Haapsalu_Metskond, lk 7
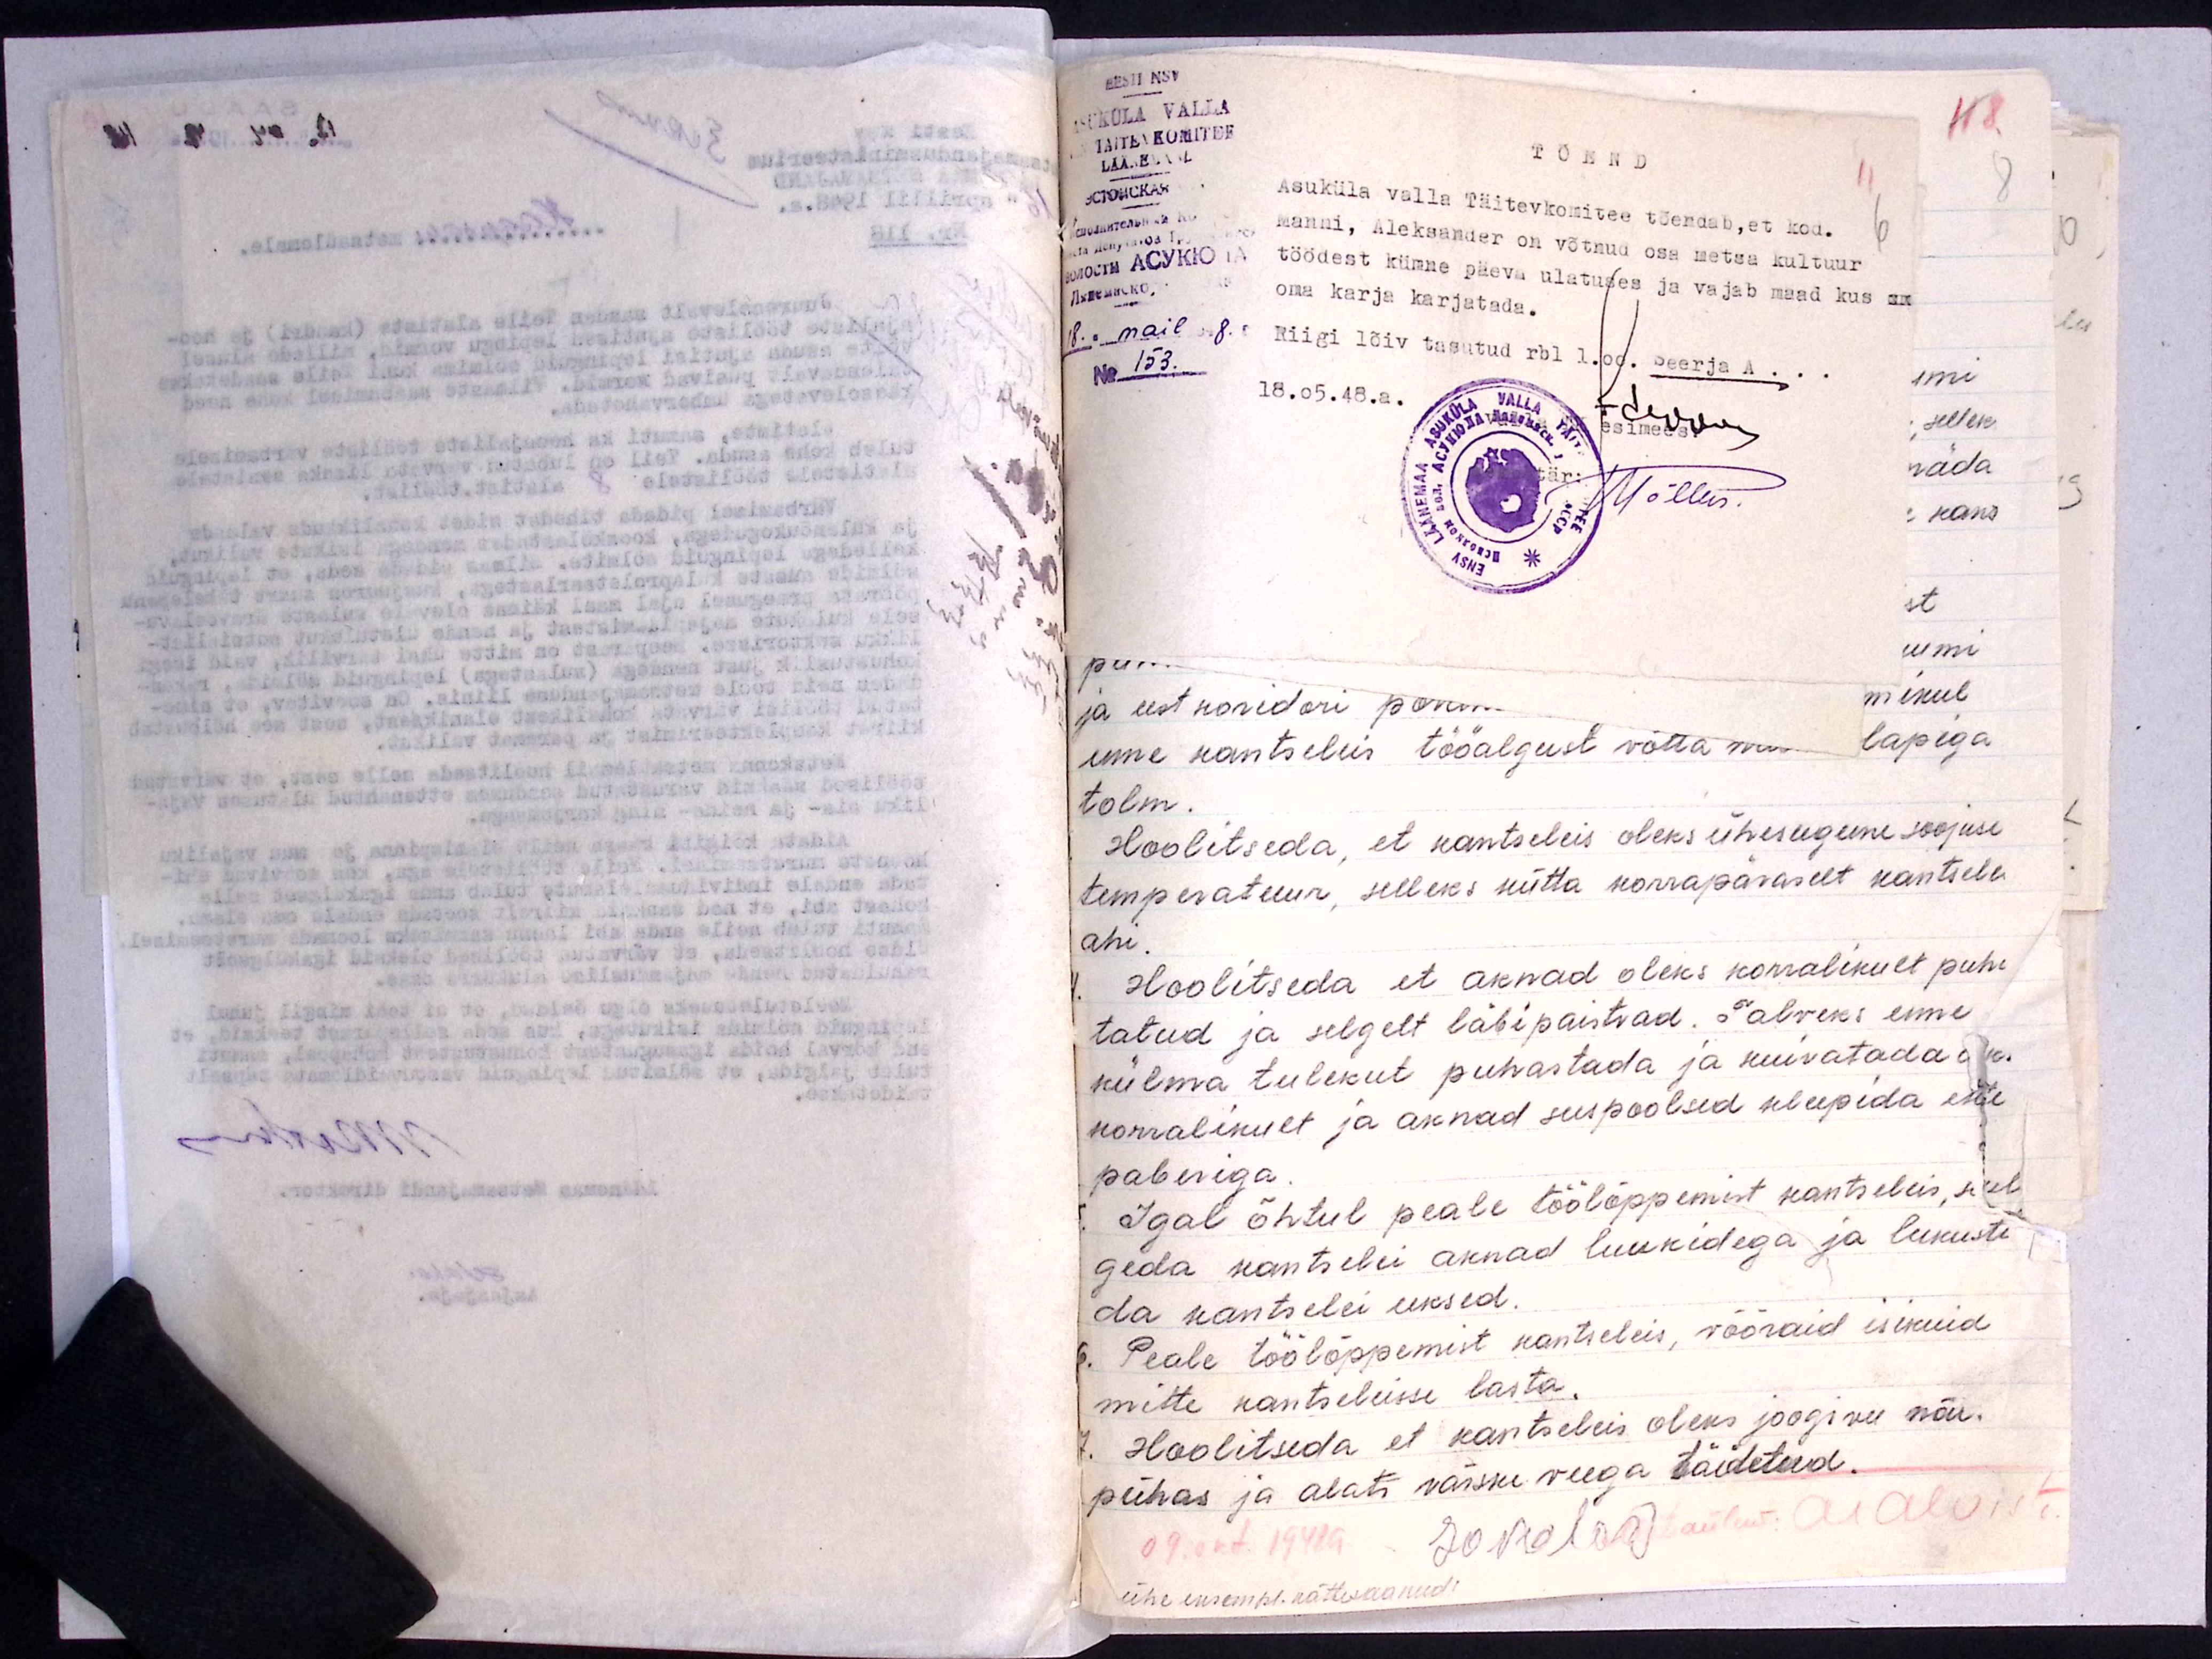
EESTI NSV
ASUKÜLA VALLA
TÄITEVKOMITEE
LÄÄNEMAAL
TÕEND
Asuküla valla Täitevkomitee tõendab, et kod.
Manni, Aleksander on võtnud osa metsa kultuur
töödest kümne päeva ulatuses ja vajab maad kus on
oma karja karjatada.
8." mail 8
No 153.
Riigi lõiv tasutud rbl 1.00. Seerja A . . .
18.05.48.a.
Valla TK esimees.